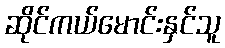
ဆိုင်ကယ်မောင်းနှင်သူ